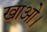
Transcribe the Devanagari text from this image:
खाओ।